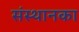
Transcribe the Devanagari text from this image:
संस्थानका